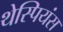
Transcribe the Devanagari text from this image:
थेस्पियंस